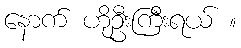
နောက် ဟိုဦးကြီးရယ် ။